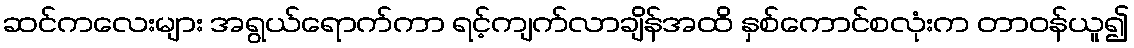
ဆင်ကလေးများ အရွယ်ရောက်ကာ ရင့်ကျက်လာချိန်အထိ နှစ်ကောင်စလုံးက တာဝန်ယူ၍